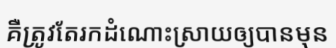
គឺត្រូវតែរកដំណោះស្រាយឲ្យបានមុន